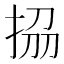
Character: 𭠱